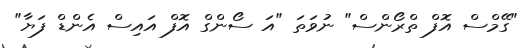
"ގޭމްސް އޮފް ތްރޯންސް" ނުވަތަ "އަ ސޯންގް އޮފް އައިސް އެންޑް ފަޔާ"